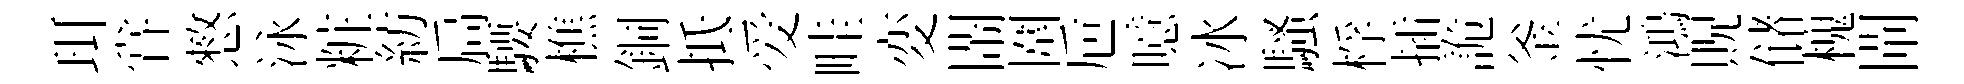
珥甞憗泳粧紡扃騕樵銅抵爱畦変閙圍巵噫冰騷桴插詭釜忧鴻貺储槐閘